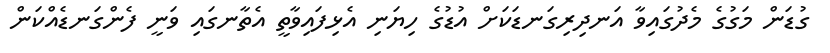
ގުޑަން މަގުގެ މެދުގައިވާ އަނދިރިގަނޑަކަށް އުޑުގެ ހިޔަނި އެޅިފައިވާތީ އެތާނގައި ވަނީ ފެންގަނޑެއްކަން